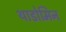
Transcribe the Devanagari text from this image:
थाडोमिन